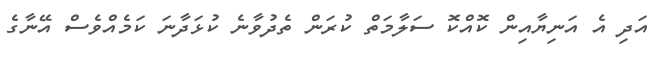
އަދި އެ އަނިޔާއިން ކޮއްކޮ ސަލާމަތް ކުރަން ތެދުވާނެ ކުޅަދާނަ ކަމެއްވެސް އޭނާގެ